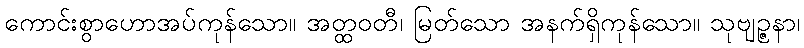
ကောင်းစွာဟောအပ်ကုန်သော။ အတ္ထဝတီ၊ မြတ်သော အနက်ရှိကုန်သော။ သုဗျဉ္ဇနာ၊